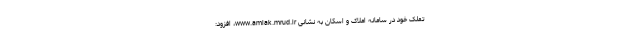
تملک خود در سامانه املاک و اسکان به نشانی www.amlak.mrud.ir، افزود: